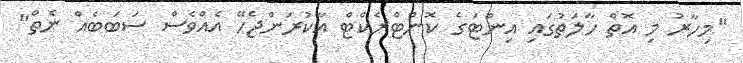
"މިހާރު މި އޮތް ހާލަތުގައި އިންޓަގެ ކޮންޓްރެކްޓް އާކުރަންޖެހޭ އެއްވެސް ސަބަބެއް ނެތް"